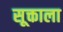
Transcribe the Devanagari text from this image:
सूक्ताला